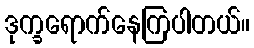
ဒုက္ခရောက်နေကြပါတယ်။